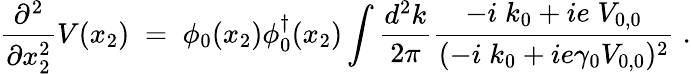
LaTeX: \frac{\partial^{2}}{\partial x_{2}^{2}}V(x_{2})\; =\; \phi_{0}(x_{2})\phi_{0}^{\dagger}(x_{2})\int\frac{d^{2}k}{2\pi}\frac{-i\; k_{0}+ie\; V_{0,0}}{(-i\; k_{0}+ie\gamma_{0}V_{0,0})^{2}}\; .